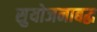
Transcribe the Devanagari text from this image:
सुयोजनाबद्ध